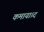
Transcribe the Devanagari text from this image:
कमाया।द